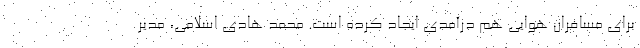
برای مسافران هوایی هم درآمدی ایجاد کرده است. محمد هادی اسلامی، مدیر